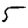
Digit: 5